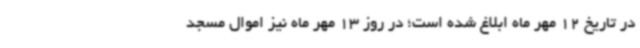
در تاریخ 12 مهر ماه ابلاغ شده است؛ در روز 13 مهر ماه نیز اموال مسجد